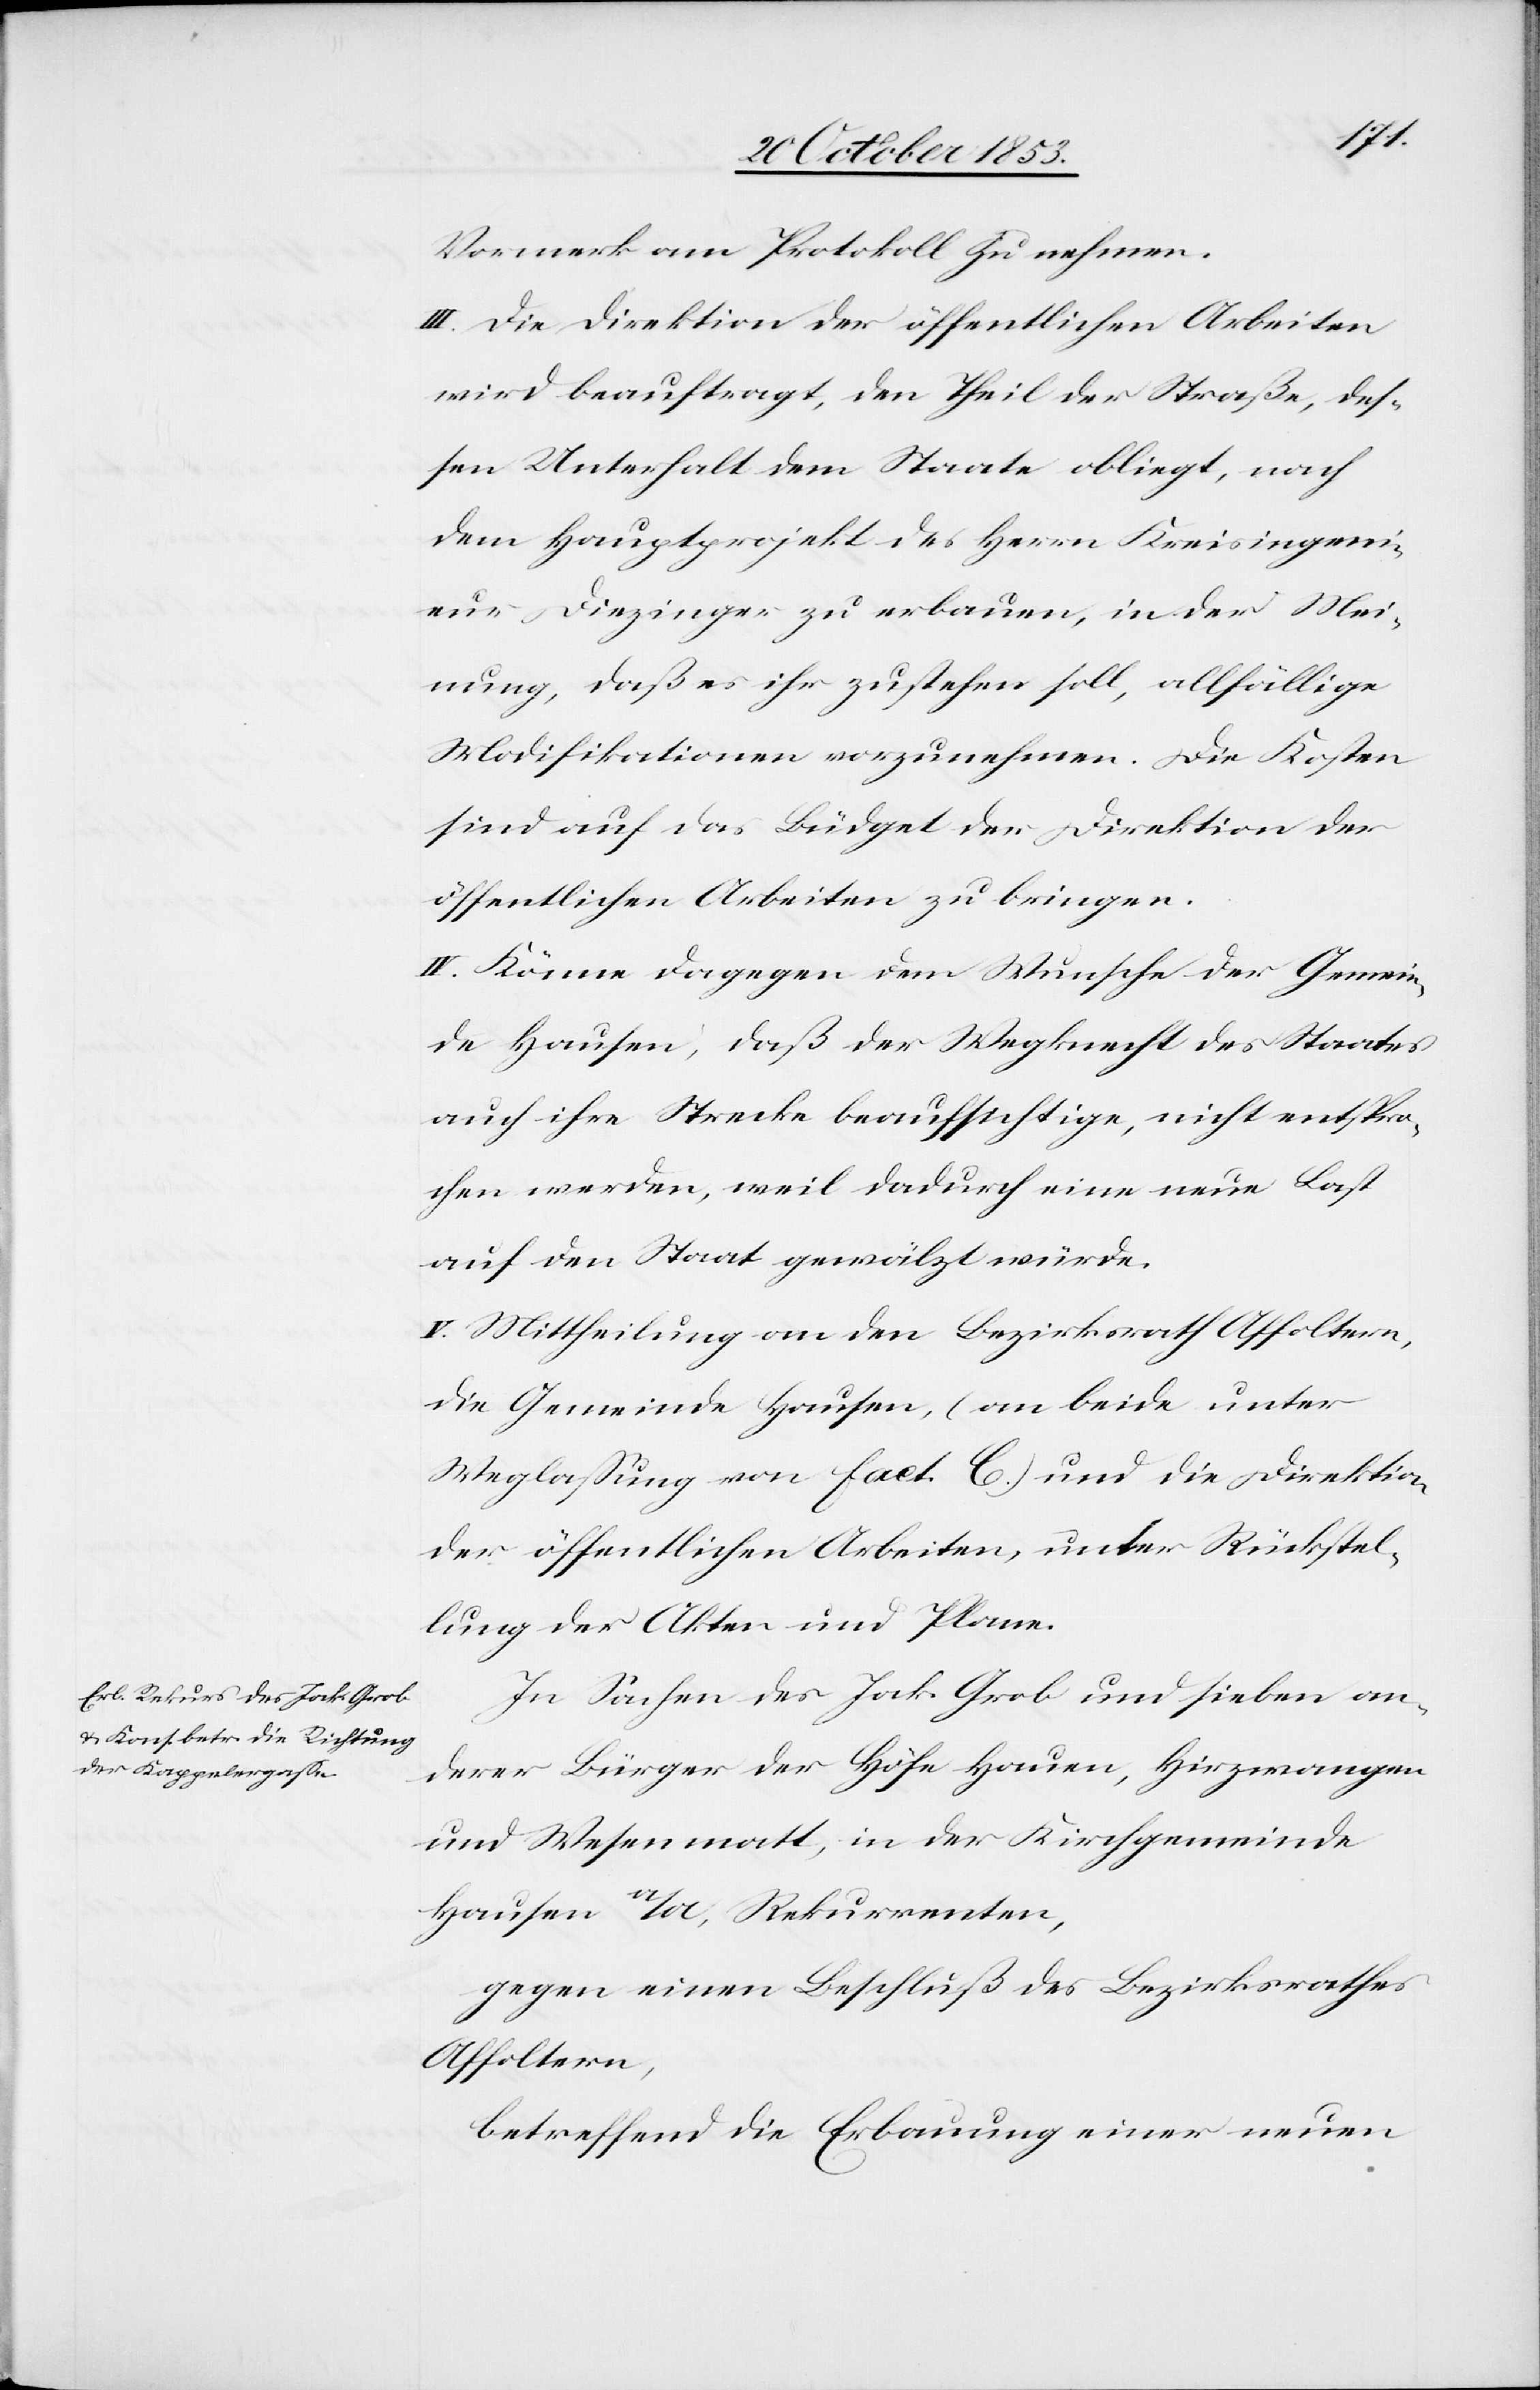
Vormerk am Protokoll zu nehmen.
III. Die Direktion der öffentlichen Arbeiten
wird beauftragt, den Theil der Straße, des¬
sen Unterhalt dem Staate obliegt, nach
dem Hauptprojekt des Herrn Kreisingeni¬
eur Diezinger zu erbauen, in der Mei¬
nung, daß es ihr zustehen soll, allfällige
Modifikationen vorzunehmen. Die Kosten
sind auf das Büdget der Direktion der
öffentlichen Arbeiten zu bringen.
IV. Könne dagegen dem Wunsche der Gemein¬
de Hausen, daß der Wegknecht des Staates
auch ihre Strecke beaufsichtige, nicht entspro¬
chen werden, weil dadurch eine neue Last
auf den Staat gewälzt würde.
V. Mittheilung an den Bezirksrath Affoltern,
die Gemeinde Hausen, (an beide unter
Weglaßung von fact. C) und die Direktion
der öffentlichen Arbeiten, unter Rückstel¬
lung der Akten und Plane.
In Sachen des Jak. Grob und sieben an¬
derer Bürger der Höhe Hauen, Hirzwangen
und Wesenmatt, in der Kirchgemeinde
Hausen a/A., Rekurrenten,
gegen einen Beschluß des Bezirksrathes
Affoltern,
betreffend die Erbauung einer neuen